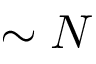
\sim N